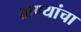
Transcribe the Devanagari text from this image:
ठाण्यांचा